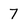
Character: 7